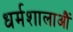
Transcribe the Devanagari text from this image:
धर्मशालाऔं